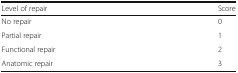
<table><thead><tr><td><b>Level of repair</b></td><td><b>Score</b></td></tr></thead><tbody><tr><td>No repair</td><td>0</td></tr><tr><td>Partial repair</td><td>1</td></tr><tr><td>Functional repair</td><td>2</td></tr><tr><td>Anatomic repair</td><td>3</td></tr></tbody></table>